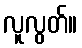
လူလွတ်။